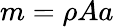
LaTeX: m=\rho Aa